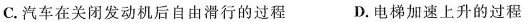
C.汽车在关闭发动机后自由滑行的过程 D.电梯加速上升的过程